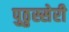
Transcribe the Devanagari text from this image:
पुठुस्सेरी